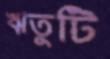
ঋতুটি